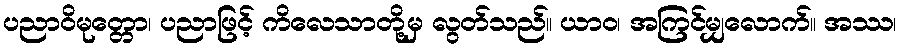
ပညာဝိမုတ္တော၊ ပညာဖြင့် ကိလေသာတို့မှ လွတ်သည်။ ယာဝ၊ အကြင်မျှလောက်။ အဿ၊